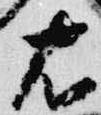
右